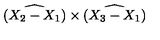
\widehat { ( X _ { 2 } - X _ { 1 } ) } \times \widehat { ( X _ { 3 } - X _ { 1 } ) }